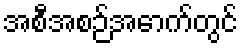
အစီအစဉ်အောက်တွင်